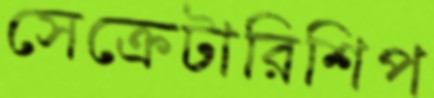
সেক্রেটারিশিপ